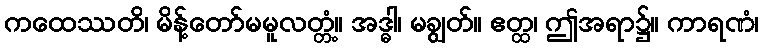
ကထေဿတိ၊ မိန့်တော်မမူလတ္တံ့။ အဒ္ဓါ၊ မချွတ်။ ဧတ္ထ၊ ဤအရာ၌။ ကာရဏံ၊